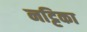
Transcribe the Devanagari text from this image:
नट्टिका